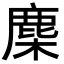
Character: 䴢